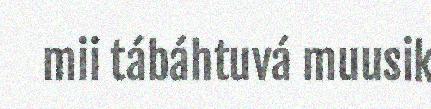
mii tábáhtuvá muusik